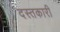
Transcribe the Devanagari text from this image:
दस्‍तकारी